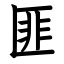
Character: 匪